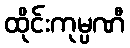
ထိုင်းကုမ္ပဏီ